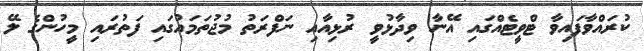
ކުރައްވާފައިވާ ޓްވީޓެއްގައި އޭނާ ވިދާޅުވީ ރުޅިއާއި ނަފްރަތު މުޖުތަމައުގައި ފަތުރައި މީހުންގެ ލޭ